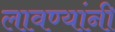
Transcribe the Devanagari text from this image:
लावण्यांनी